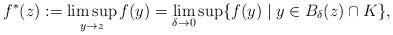
LaTeX: \begin{align*}f^* (z):= \limsup_{y\rightarrow z} f(y) =\lim_{\delta\rightarrow 0} \sup \{ f(y)\mid y\in B_\delta (z)\cap K\} ,\end{align*}